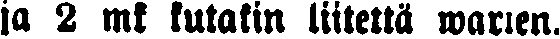
ja 2 mk kutakin liitettä warten.